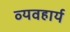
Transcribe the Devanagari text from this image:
व्‍यवहार्य